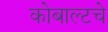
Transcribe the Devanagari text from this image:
कोबाल्टचे